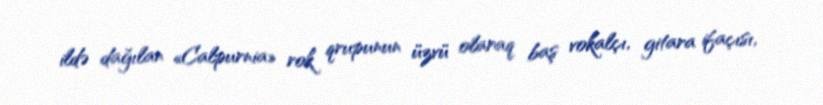
ildə dağılan «Calpurnia» rok qrupunun üzvü olaraq baş vokalçı, gitara ifaçısı,